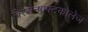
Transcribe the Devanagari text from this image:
विस्सेन्षाफ्टकोलेज